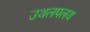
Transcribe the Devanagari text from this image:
उथलपलथ